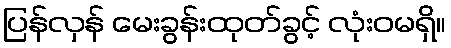
ပြန်လှန် မေးခွန်းထုတ်ခွင့် လုံးဝမရှိ။